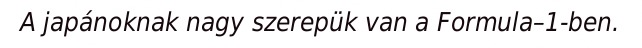
A japánoknak nagy szerepük van a Formula–1-ben.